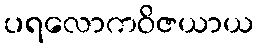
ပရလောကဝိဇယာယ